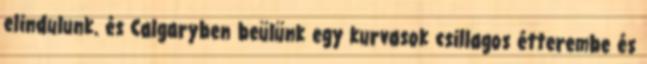
elindulunk. és Calgaryben beülünk egy kurvasok csillagos étterembe és